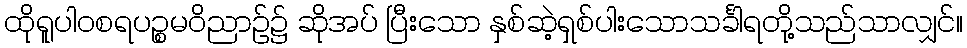
ထိုရူပါဝစရပဉ္စမဝိညာဉ်၌ ဆိုအပ် ပြီးသော နှစ်ဆဲ့ရှစ်ပါးသောသင်္ခါရတို့သည်သာလျှင်။